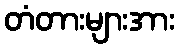
တံတားများအား